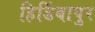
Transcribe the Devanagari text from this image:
हिडिंबापुर